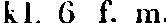
kl. 6 l. m.